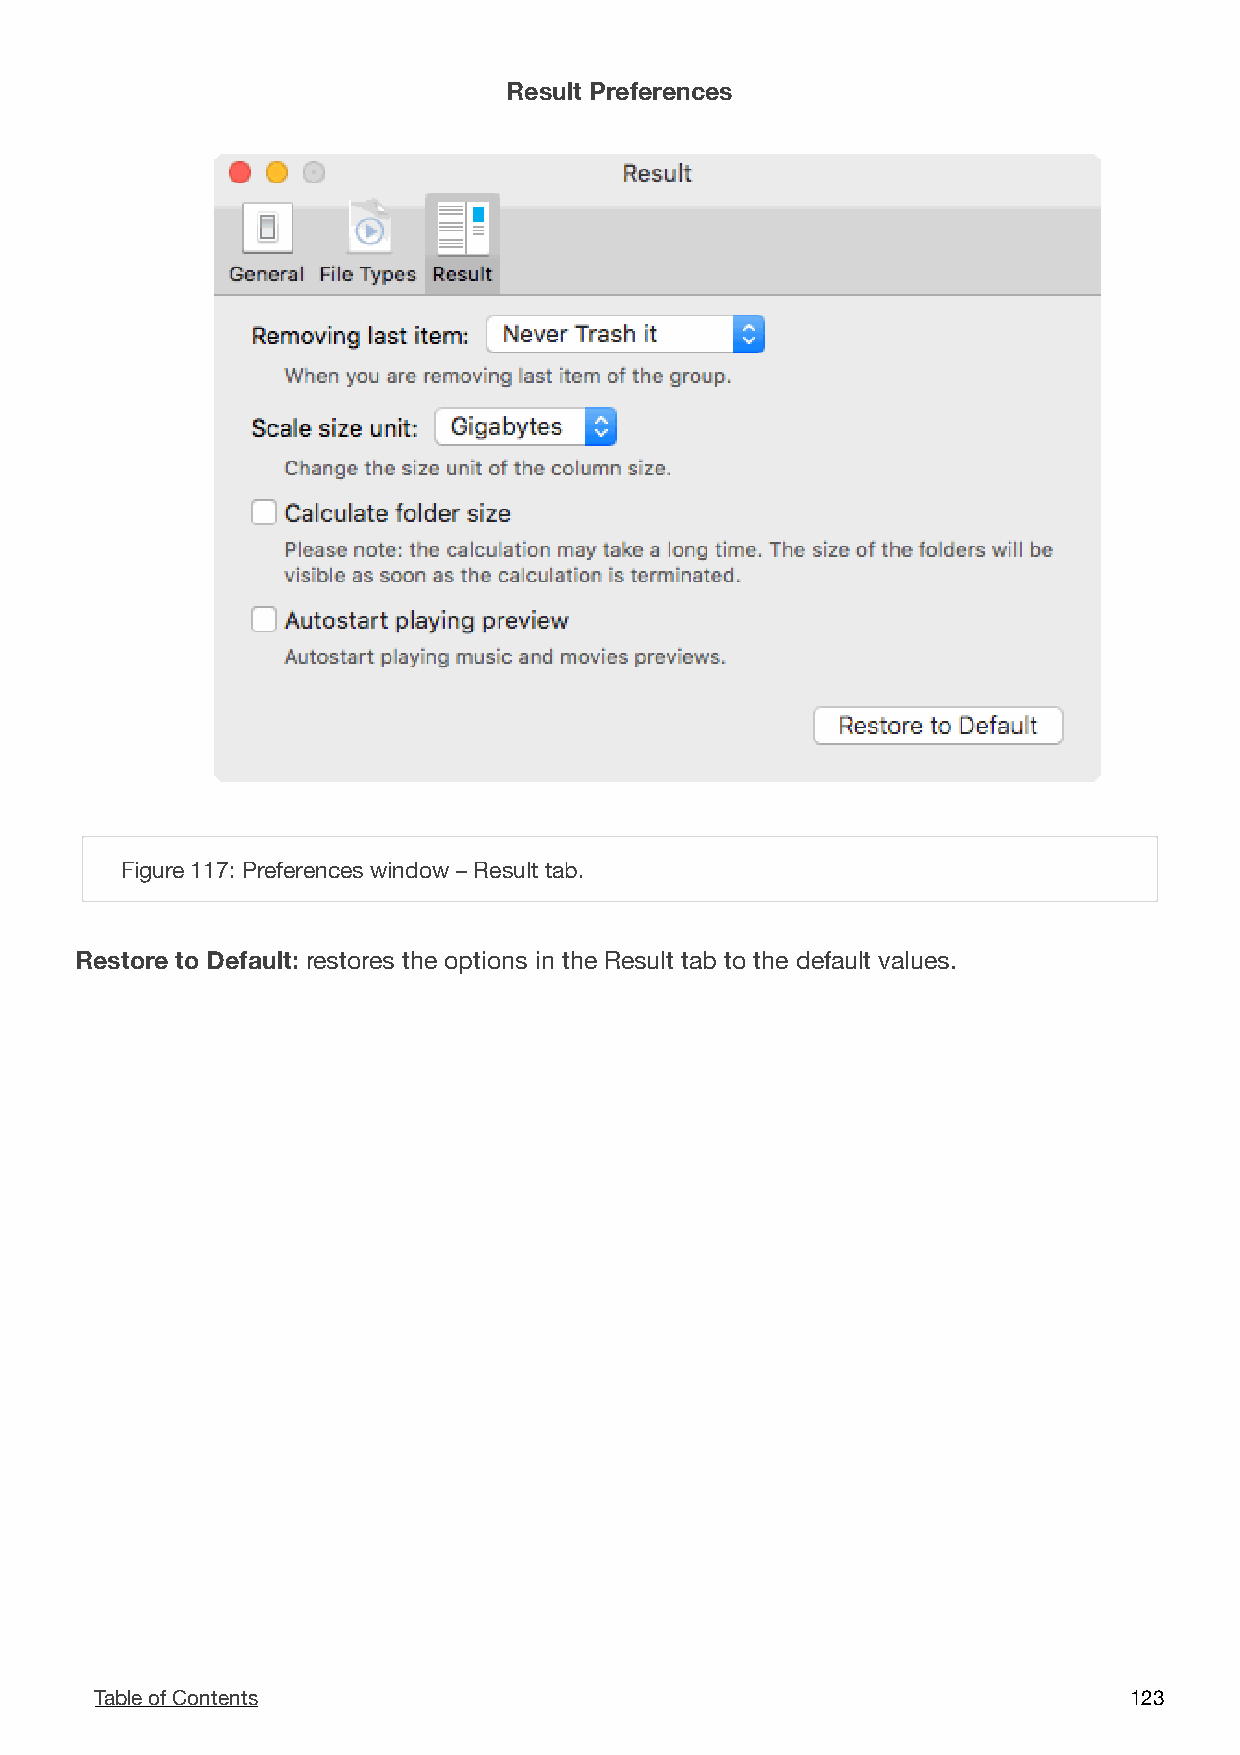
Result Preferences
 !
 Figure 117: Preferences window – Result tab.
 Restore to Default: restores the options in the Result tab to the default values.
 Table of Contents                                                    1 23